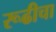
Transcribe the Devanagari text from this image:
रूढीचा